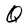
Character: Q